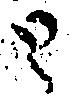
と